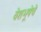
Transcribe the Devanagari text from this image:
वेशभूषेचे